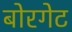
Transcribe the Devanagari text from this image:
बोरगेट